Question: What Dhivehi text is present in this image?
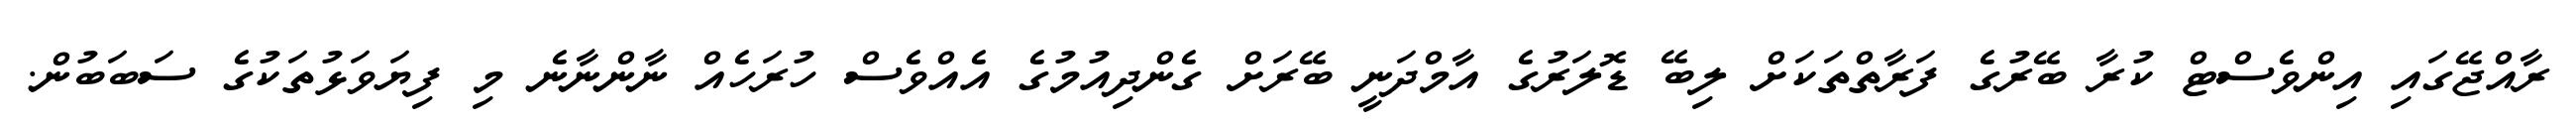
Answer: ރާއްޖޭގައި އިންވެސްޓް ކުރާ ބޭރުގެ ފަރާތްތަކަށް ލިބޭ ޑޮލަރުގެ އާމްދަނީ ބޭރަށް ގެންދިއުމުގެ އެއްވެސް ހުރަހެއް ނާންނާނެ މި ފިޔަވަޅުތަކުގެ ސަބަބުން.